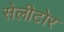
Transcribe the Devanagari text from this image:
सेलीटोर